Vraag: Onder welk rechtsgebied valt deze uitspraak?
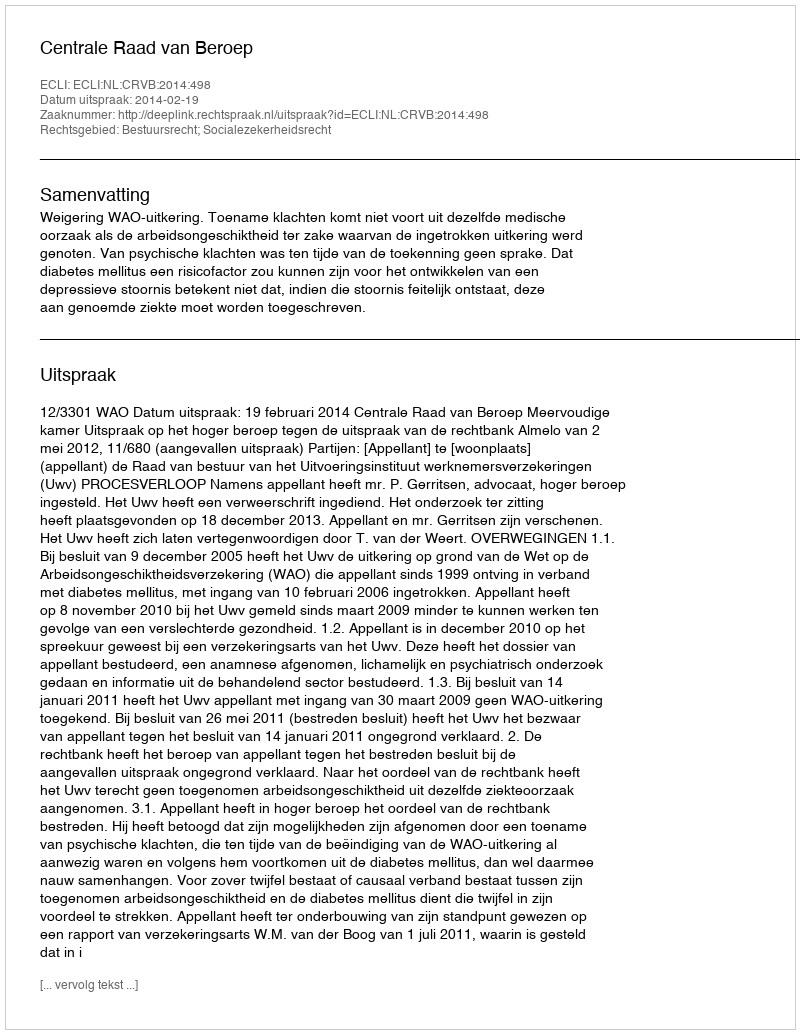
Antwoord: Bestuursrecht; Socialezekerheidsrecht